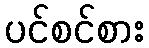
ပင်စင်စား